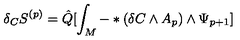
\delta _ { C } S ^ { ( p ) } = \hat { Q } [ \int _ { M } ^ { } - \ast ( \delta C \wedge A _ { p } ) \wedge \Psi _ { p + 1 } ]